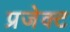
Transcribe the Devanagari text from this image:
प्रजेक्ट